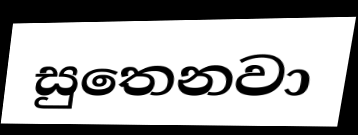
සුතෙනවා